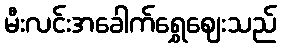
မီးလင်းအခေါက်ရွှေဈေးသည်